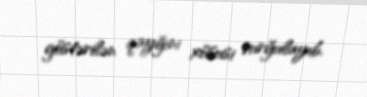
göstərilən qayğını xüsusi vurğulayıb.